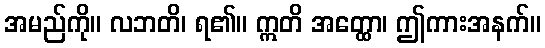
အမည်ကို။ လဘတိ၊ ရ၏။ ဣတိ အတ္ထော၊ ဤကားအနက်။